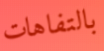
بالتفاهات